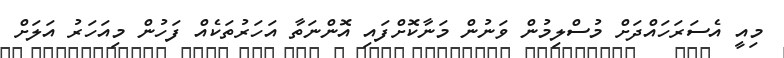
މިއީ އެސަރަހައްދަށް މުސްލިމުން ވަނުން މަނާކޮށްފައި އޮންނަތާ އަހަރުތަކެއް ފަހުން މިއަހަރު އަލަށް